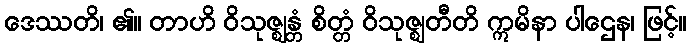
ဒေဿတိ၊ ၏။ တာဟိ ဝိသုဇ္ဈန္တံ စိတ္တံ ဝိသုဇ္ဈတီတိ ဣမိနာ ပါဌေန၊ ဖြင့်။